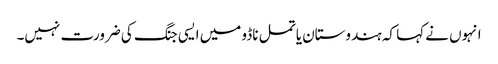
انہوں نے کہا کہ ہندوستان یا تمل ناڈو میں ایسی جنگ کی ضرورت نہیں۔